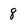
Character: 8